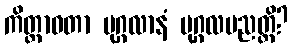
ကိတ္တာဝတာ ပုဂ္ဂလာနံ ပုဂ္ဂလပညတ္တိ?